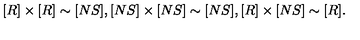
[ R ] \times [ R ] \sim [ N S ] , [ N S ] \times [ N S ] \sim [ N S ] , [ R ] \times [ N S ] \sim [ R ] .